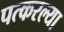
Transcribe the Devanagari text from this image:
पत्करल्या